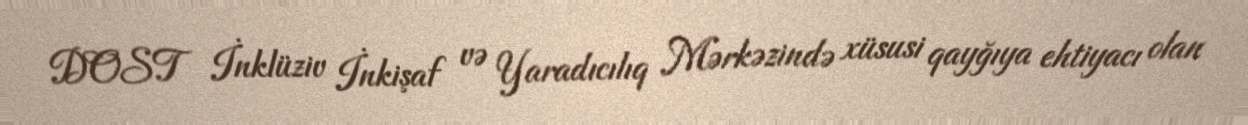
DOST İnklüziv İnkişaf və Yaradıcılıq Mərkəzində xüsusi qayğıya ehtiyacı olan